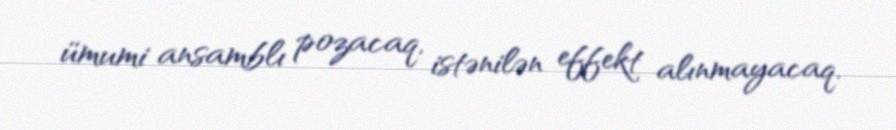
ümumi ansamblı pozacaq, istənilən effekt alınmayacaq.